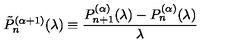
\tilde { P } _ { n } ^ { ( \alpha + 1 ) } ( \lambda ) \equiv \frac { P _ { n + 1 } ^ { ( \alpha ) } ( \lambda ) - P _ { n } ^ { ( \alpha ) } ( \lambda ) } { \lambda }